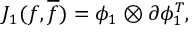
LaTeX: J _ { 1 } ( f , { \overline { { f } } } ) = { \phi } _ { 1 } \otimes { \partial } { \phi } _ { 1 } ^ { T } ,